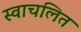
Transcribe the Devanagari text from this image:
स्वाचलित